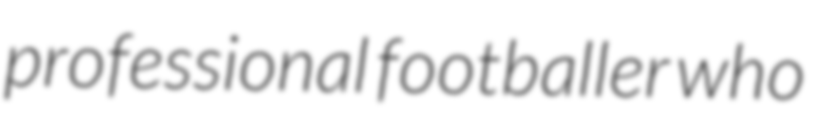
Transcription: professional footballer who